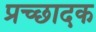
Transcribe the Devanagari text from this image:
प्रच्छादक